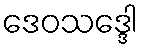
ဒေဝသဒ္ဒေါ